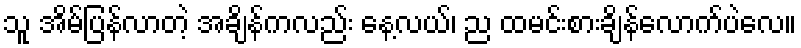
သူ အိမ်ပြန်လာတဲ့ အချိန်ကလည်း နေ့လယ်၊ ည ထမင်းစားချိန်လောက်ပဲလေ။